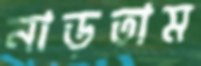
নাড়তাম